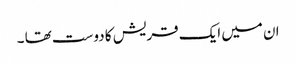
ان میں ایک قریش کا دوست تھا ۔